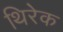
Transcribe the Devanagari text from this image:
थिरेक